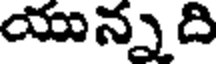
యున్నది